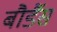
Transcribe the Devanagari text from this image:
बौर्डैस